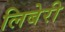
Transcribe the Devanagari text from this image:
लिबेरी